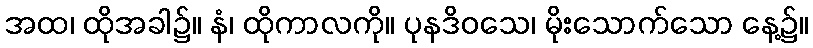
အထ၊ ထိုအခါ၌။ နံ၊ ထိုကာလကို။ ပုနဒိဝသေ၊ မိုးသောက်သော နေ့၌။